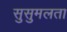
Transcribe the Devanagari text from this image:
सुसुमलता